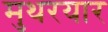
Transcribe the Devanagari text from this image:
मुथरयार